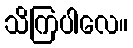
သိကြပါလေ။